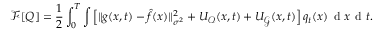
\small \mathcal { F } [ Q ] = \frac { 1 } { 2 } \int _ { 0 } ^ { T } \int \Big [ \| g ( x , t ) - \hat { f } ( x ) \| _ { \sigma ^ { 2 } } ^ { 2 } + { U _ { \mathcal { O } } ( x , t ) } + { U _ { \mathcal { G } } ( x , t ) } \Big ] \, q _ { t } ( x ) \, \mathrm { ~ d ~ } x \, \mathrm { ~ d ~ } t .